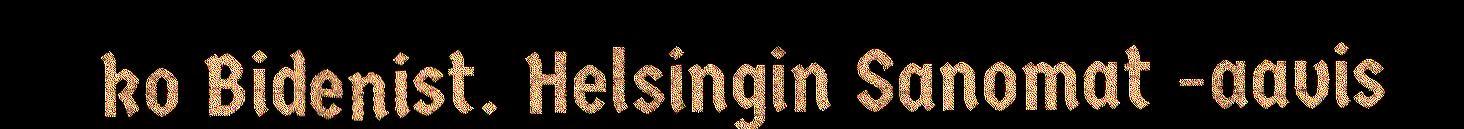
ko Bidenist. Helsingin Sanomat -aavis